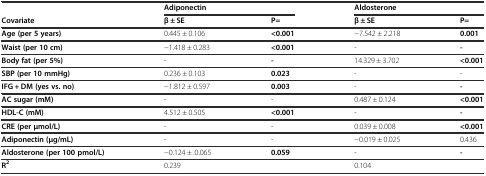
<table><thead><tr><td></td><td colspan="2"><b>Adiponectin</b></td><td colspan="2"><b>Aldosterone</b></td></tr><tr><td><b>Covariate</b></td><td><b>β ± SE</b></td><td><b>P=</b></td><td><b>β ± SE</b></td><td><b>P=</b></td></tr></thead><tbody><tr><td><b>Age (per 5 years)</b></td><td>0.445 ± 0.106</td><td><b>&lt;0.001</b></td><td>−7.542 ± 2.218</td><td><b>0.001</b></td></tr><tr><td><b>Waist (per 10 cm)</b></td><td>−1.418 ± 0.283</td><td><b>&lt;0.001</b></td><td>-</td><td><b>-</b></td></tr><tr><td><b>Body fat (per 5%)</b></td><td>-</td><td><b>-</b></td><td>14.329 ± 3.702</td><td><b>&lt;0.001</b></td></tr><tr><td><b>SBP (per 10 mmHg)</b></td><td>0.236 ± 0.103</td><td><b>0.023</b></td><td>-</td><td>-</td></tr><tr><td><b>IFG + DM (yes vs. no)</b></td><td>−1.812 ± 0.597</td><td><b>0.003</b></td><td>-</td><td><b>-</b></td></tr><tr><td><b>AC sugar (mM)</b></td><td>-</td><td>-</td><td>0.487 ± 0.124</td><td><b>&lt;0.001</b></td></tr><tr><td><b>HDL-C (mM)</b></td><td>4.512 ± 0.505</td><td><b>&lt;0.001</b></td><td>-</td><td><b>-</b></td></tr><tr><td><b>CRE (per μmol/L)</b></td><td>-</td><td>-</td><td>0.039 ± 0.008</td><td><b>&lt;0.001</b></td></tr><tr><td><b>Adiponectin (μg/mL)</b></td><td>-</td><td>-</td><td>−0.019 ± 0.025</td><td>0.436</td></tr><tr><td><b>Aldosterone (per 100 pmol/L)</b></td><td>−0.124 ± .0.065</td><td><b>0.059</b></td><td>-</td><td><b>-</b></td></tr><tr><td><b>R</b><sup><b>2</b></sup></td><td>0.239</td><td></td><td>0.104</td><td></td></tr></tbody></table>